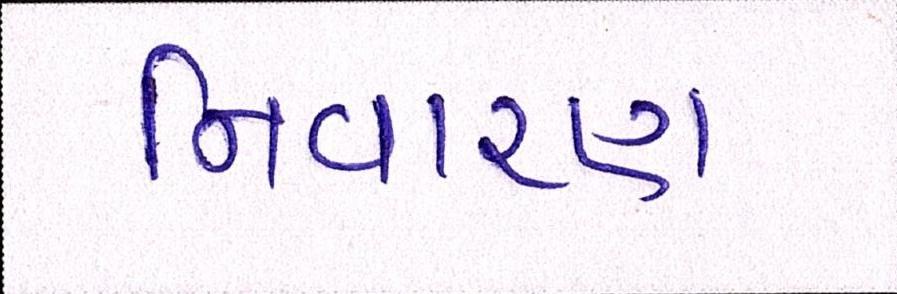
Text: નિવારણ